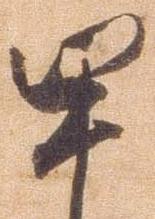
甲